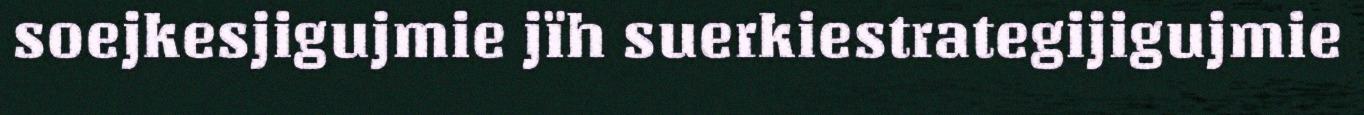
soejkesjigujmie jïh suerkiestrategijigujmie